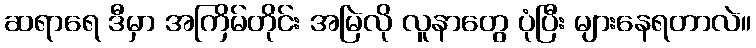
ဆရာရေ ဒီမှာ အကြိမ်တိုင်း အမြဲလို လူနာတွေ ပုံပြီး များနေရတာလဲ။